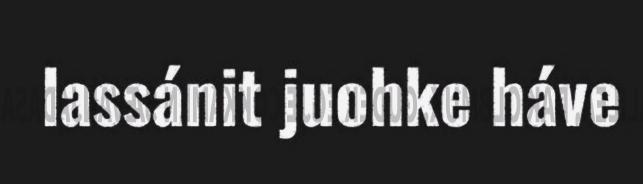
lassánit juohke háve